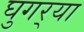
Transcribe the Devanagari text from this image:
घुगर्‍या